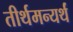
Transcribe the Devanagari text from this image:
तीर्थमन्यर्थं